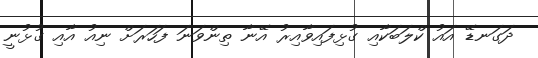
ދަގަނޑޭ އައު ކްލަބަކާއި ގުޅިފައިވާއިރު އޭނާ ތިންވަނަ ފަހަރަށް ނިއު އާއި ގުޅުނީ